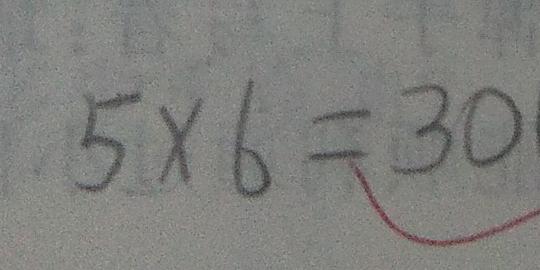
5 \times 6 = 3 0